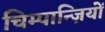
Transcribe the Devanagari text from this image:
चिम्पान्ज़ियों